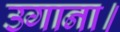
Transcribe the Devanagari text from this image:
उगाना।